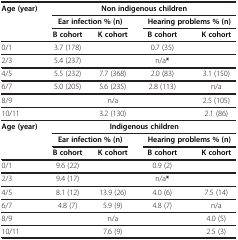
<table><thead><tr><td rowspan="3"><b>Age (year)</b></td><td colspan="4"><b>Non indigenous children</b></td></tr><tr><td colspan="2"><b>Ear infection % (n)</b></td><td colspan="2"><b>Hearing problems % (n)</b></td></tr><tr><td><b>B cohort</b></td><td><b>K cohort</b></td><td><b>B cohort</b></td><td><b>K cohort</b></td></tr></thead><tbody><tr><td>0/1</td><td>3.7 (178)</td><td> </td><td>0.7 (35)</td><td> </td></tr><tr><td>2/3</td><td>5.4 (237)</td><td> </td><td>n/a<b>*</b></td><td> </td></tr><tr><td>4/5</td><td>5.5 (232)</td><td>7.7 (368)</td><td>2.0 (83)</td><td>3.1 (150)</td></tr><tr><td>6/7</td><td>5.0 (205)</td><td>5.6 (235)</td><td>2.8 (113)</td><td>n/a</td></tr><tr><td>8/9</td><td> </td><td>n/a</td><td> </td><td>2.5 (105)</td></tr><tr><td>10/11</td><td> </td><td>3.2 (130)</td><td> </td><td>2.1 (86)</td></tr><tr><td rowspan="3"><b>Age (year)</b></td><td colspan="4"><b>Indigenous children</b></td></tr><tr><td colspan="2"><b>Ear infection % (n)</b></td><td colspan="2"><b>Hearing problems % (n)</b></td></tr><tr><td><b>B cohort</b></td><td><b>K cohort</b></td><td><b>B cohort</b></td><td><b>K cohort</b></td></tr><tr><td>0/1</td><td>9.6 (22)</td><td> </td><td>0.9 (2)</td><td> </td></tr><tr><td>2/3</td><td>9.4 (17)</td><td> </td><td>n/a<b>*</b></td><td> </td></tr><tr><td>4/5</td><td>8.1 (12)</td><td>13.9 (26)</td><td>4.0 (6)</td><td>7.5 (14)</td></tr><tr><td>6/7</td><td>4.8 (7)</td><td>5.9 (9)</td><td>4.8 (7)</td><td>n/a</td></tr><tr><td>8/9</td><td> </td><td>n/a</td><td> </td><td>4.0 (5)</td></tr><tr><td>10/11</td><td> </td><td>7.6 (9)</td><td> </td><td>2.5 (3)</td></tr></tbody></table>